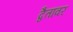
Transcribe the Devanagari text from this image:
द्वैतावर